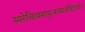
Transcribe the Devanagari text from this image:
स्मरेन्नित्यमायुःकामार्थसिद्धये।।